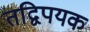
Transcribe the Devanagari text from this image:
तद्विपयक